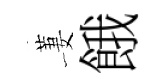
萋餓